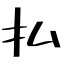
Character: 払